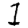
Digit: 1